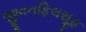
જીવનફિલસૂફ